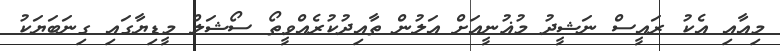
މިއާއި އެކު ރައީސް ނަޝީދު މުޣުނީއަށް އަލުން ތާއިދުކުރެއްވީތޯ ސޯޝަލް މީޑިޔާގައި ގިނަބަޔަކު